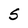
Character: S